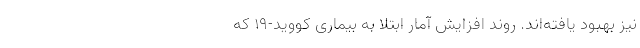
نیز بهبود یافته‌اند. روند افزایش آمار ابتلا به بیماری کووید-۱۹ که